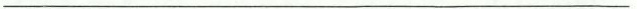
___